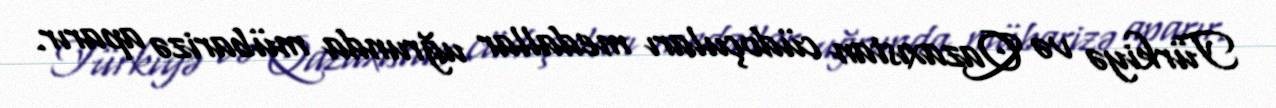
Türkiyə və Qazaxıstan cüdoçuları medallar uğrunda mübarizə aparır.